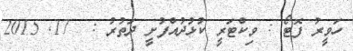
ހަވީރު ފޮޓޯ : ވިކްޓަރީ ކުޅުދުއްފުށީ ދަތުރު :  17